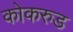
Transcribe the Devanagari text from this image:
कोकरुड